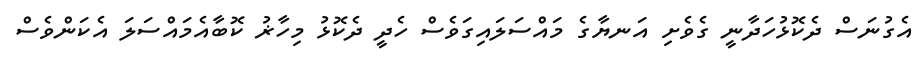
އެގުނަސް ދެކޮޅުހަދާނީ ގެވެށި އަނޔާގެ މައްސަލައިގަވެސް ހެދީ ދެކޮޅު މިހާޜު ކޮބާއެމައްސަލަ އެކަންވެސް